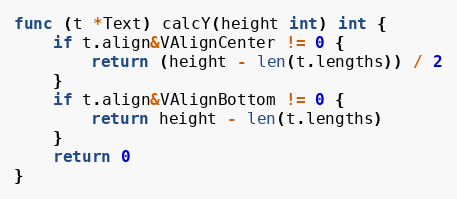
Language: Go
func (t *Text) calcY(height int) int {
	if t.align&VAlignCenter != 0 {
		return (height - len(t.lengths)) / 2
	}
	if t.align&VAlignBottom != 0 {
		return height - len(t.lengths)
	}
	return 0
}